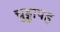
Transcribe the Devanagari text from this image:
चुड्डापह